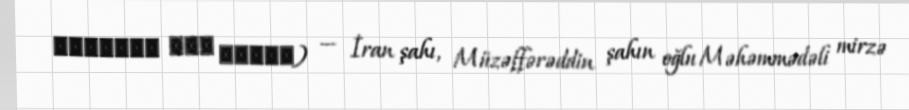
محمدعلی شاه قاجار) — İran şahı, Müzəffərəddin şahın oğlu Məhəmmədəli mirzə